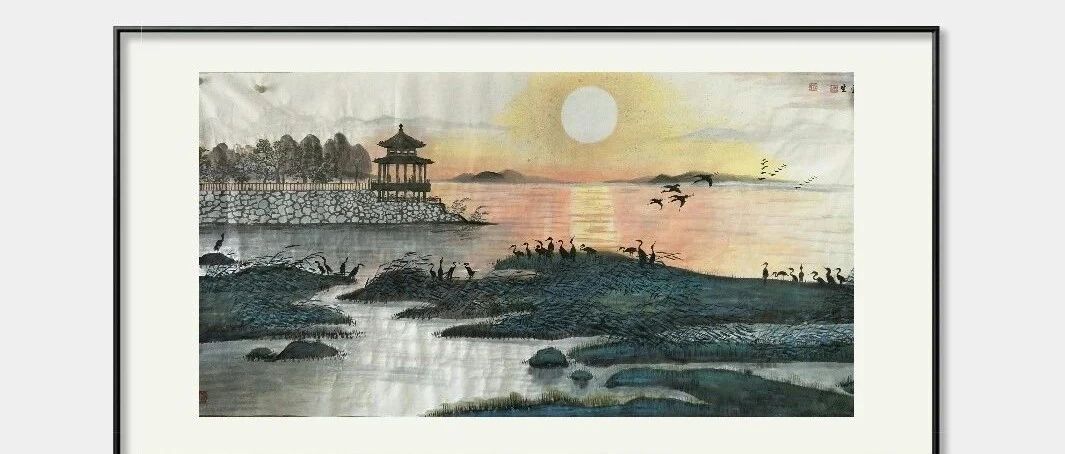
台榭空蒙烟柳暗，白鸟衔鱼欲舞。